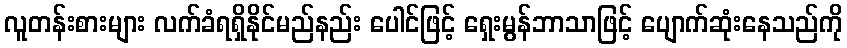
လူတန်းစားများ လက်ခံရရှိနိုင်မည်နည်း ပေါင်ဖြင့် ရှေးမွန်ဘာသာဖြင့် ပျောက်ဆုံးနေသည်ကို